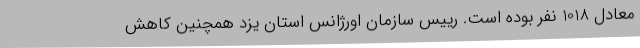
معادل 1018 نفر بوده است. رییس سازمان اورژانس استان یزد همچنین کاهش